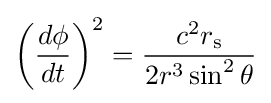
\left({\frac {d\phi }{dt}}\right)^{2}={\frac {c^{2}r_{\text{s}}}{2r^{3}\sin ^{2}\theta }}